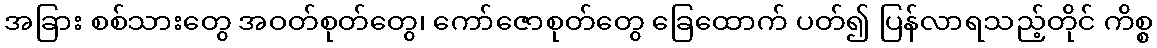
အခြား စစ်သားတွေ အဝတ်စုတ်တွေ၊ ကော်ဇောစုတ်တွေ ခြေထောက် ပတ်၍ ပြန်လာရသည့်တိုင် ကိစ္စ